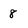
Character: 8